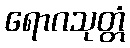
ရောဂသုတ္တံ